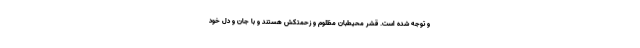
و توجه شده است. قشر محیطبان مظلوم و زحمتکش هستند و با جان و دل خود